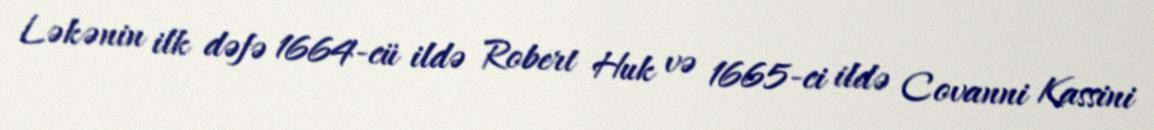
Ləkənin ilk dəfə 1664-cü ildə Robert Huk və 1665-ci ildə Covanni Kassini